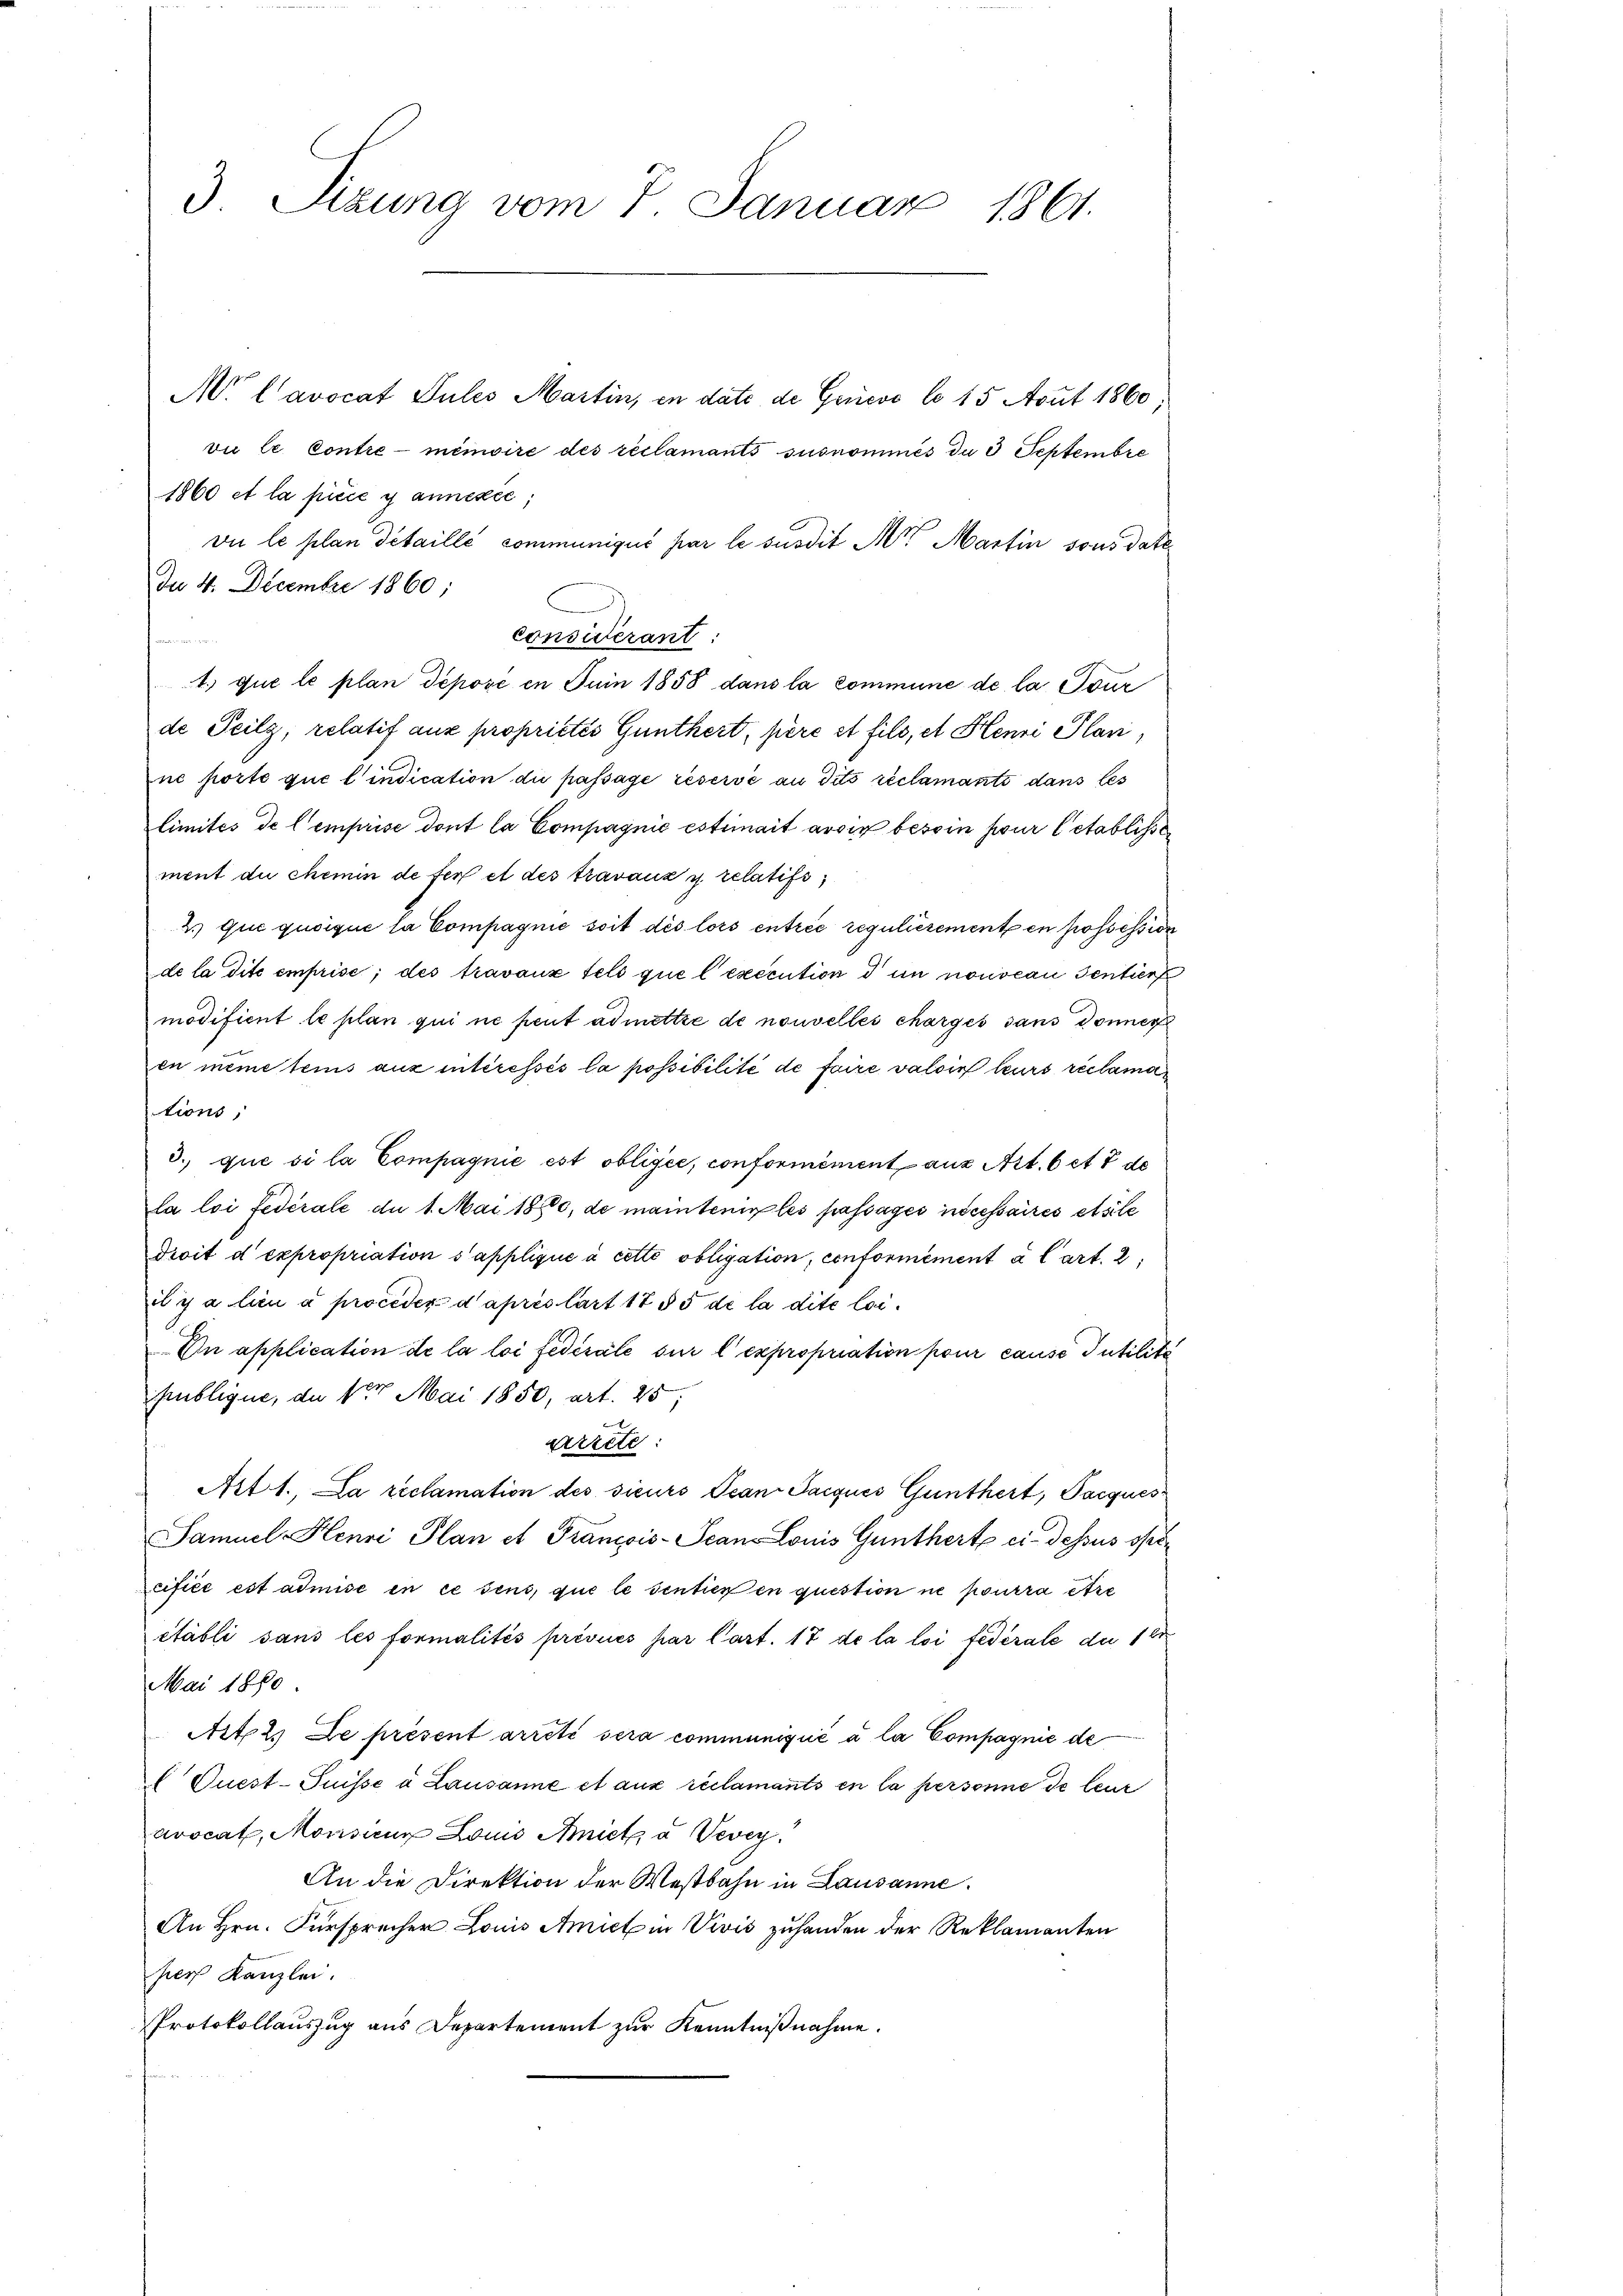
3 Sizung vom 7. Januar 1861.

Mr. Cavocat Sules Martin, in date de Genevo lo 15 Aout 1860;
vie le Contre-menwire des reclamants susnommés da 3 Septembre
1860 et la pièce y annexée;
vie le plan detaille communiqué par le susdit Art Martin sons date
Da 4. Decembre 1860;
considérant:
F
1. que le plan deposé en Juin 1858 dans la commune de la Tour
de Teilz, relatif aus propriétés Günthert, père et fils, et Henri Plan,
ne porte que l’indication die passage réservé au dits réclamants dans les
limités de l’emprise dont la Compagnie estimait avoir besoin pour l’établisse
ment du chemin de fert et des travauz u. relatifs
2) que quoique la Compagnie soit des lors entrée regulièrement en possession
de la dite emprise; des travanz fels que lexecution d in nouveau sentier
modifient le plan qui ne peut admittie de nouvelles chargés dans donner
en meme tems aux interessés la possibilité de faire valoir leurs réclamations,
3. que si la Compagnie est obligée, conformément aus Art. 6 et 7 de
la loi fédérale du 1. Mai 1850, de maintenir les passages incessaires etsile
droit d expropriation sapplique à cetto obligation, conformément à l’art. 2
il y a lieu à proceder d’après lart 17 § 5 de la dite lei¬
On application de la loi fédérale sur l’expropriation pour cause Putilita
publique, da 17 Mai 1850, art. 25;
artete:
Art 1., La reclamation des sieurs Jean Pacques Günthert, Parques
Samuel Henri Plan et Francois-Scan Louis Güntherte ci-dessus spre
cifice est admise in ce sens, que le sentier en question ne pourra être
établi sans les formalités prévues par Cart. 17 de la loi fédérale du 12
Mai 1880
Art. 2. Le présent arreti sera communiqué à la Compagnie de
 Quest-Puisse à Lausanne et aux réclamants en la personne de leur
avocat, Monderum Louis Amiet à Vevey
An die Direktion der Westbahn in Lausanne.
An Hrn. Fürsprecher Louis Amietin Vivić zuhanden der Reklamanten
ser Kanzlei.
Protokollauszug aus Departement zur Kenntnißnahme.
n